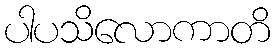
ပါပသိလောကာတိ